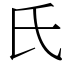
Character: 氏